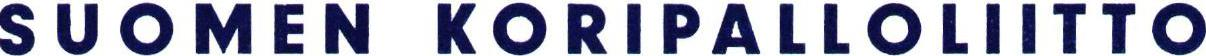
SUOMEN KORIPALLOLIITTO